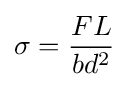
\sigma ={\frac {FL}{bd^{2}}}